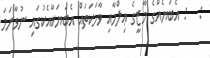
:   : އެބަޔެއްގެ މާޒީގެ ޢިލްމާއި ވާހަކަތައް އެބަޔަކާއެކުގައި ނުވާނަމަ